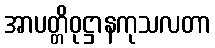
အာပတ္တိဝုဋ္ဌာနကုသလတာ